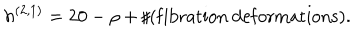
h ^ { ( 2 , 1 ) } = 2 0 - \rho + \sharp ( \mathrm { f i b r a t i o n } ~ \mathrm { d e f o r m a t i o n s } ) .